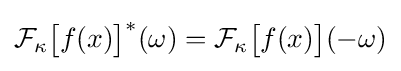
{\cal {F}}_{\kappa }{\big [}f(x){\big ]}^{\ast }(\omega )={\cal {F}}_{\kappa }{\big [}f(x){\big ]}(-\omega )